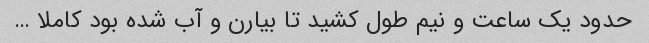
حدود یک ساعت و نیم طول کشید تا بیارن و آب شده بود کاملا …